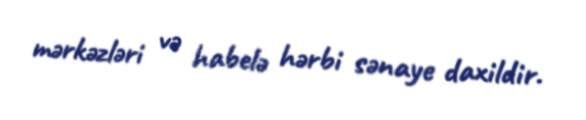
mərkəzləri və habelə hərbi sənaye daxildir.